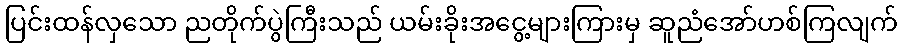
ပြင်းထန်လှသော ညတိုက်ပွဲကြီးသည် ယမ်းခိုးအငွေ့များကြားမှ ဆူညံအော်ဟစ်ကြလျက်